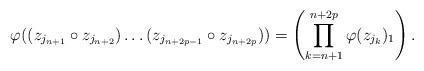
LaTeX: \begin{align*}\varphi((z_{j_{n+1}}\circ z_{j_{n+2}})\dots (z_{j_{n+2p-1}}\circ z_{j_{n+2p}}))= \left(\prod_{k=n+1}^{n+2p}\varphi(z_{j_k})_1\right).\end{align*}